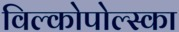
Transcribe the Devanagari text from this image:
विल्कोपोल्स्का